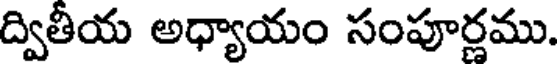
ద్వితీయ అధ్యాయం సంపూర్ణము.